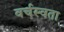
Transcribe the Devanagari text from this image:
वर्चस्वता